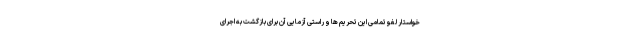
خواستار لغو تمامی این تحریم ها و راستی آزمایی آن برای بازگشت به اجرای